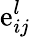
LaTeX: \mathrm{e}_{ij}^{l}